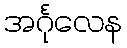
အင်္ဂုလေန